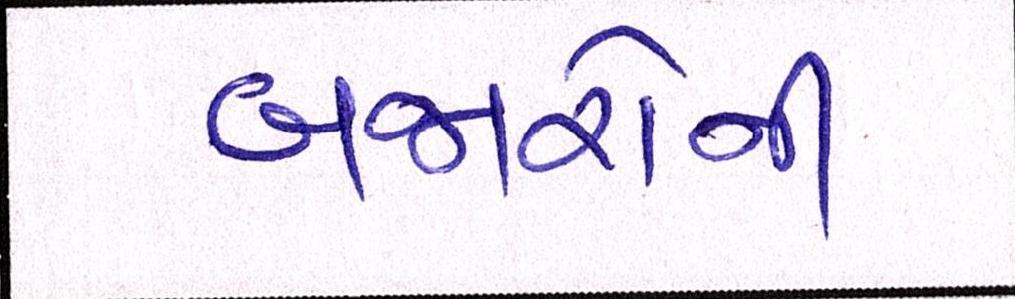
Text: બજારોની